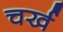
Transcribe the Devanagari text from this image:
चर्ख